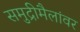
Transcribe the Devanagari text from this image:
समुद्रीमैलांवर